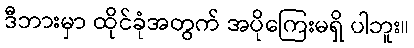
ဒီဘားမှာ ထိုင်ခုံအတွက် အပိုကြေးမရှိ ပါဘူး။